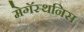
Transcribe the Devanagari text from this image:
मेगॅस्थनिस